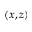
( x , z )